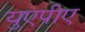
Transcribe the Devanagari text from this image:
युएपीए